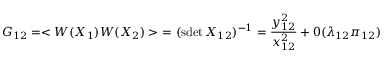
G _ { 1 2 } = < W ( X _ { 1 } ) W ( X _ { 2 } ) > \ = ( \mathrm { s d e t } \, X _ { 1 2 } ) ^ { - 1 } = { \frac { y _ { 1 2 } ^ { 2 } } { x _ { 1 2 } ^ { 2 } } } + 0 ( \lambda _ { 1 2 } \pi _ { 1 2 } )